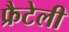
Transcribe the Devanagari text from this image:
फ्रैटेली